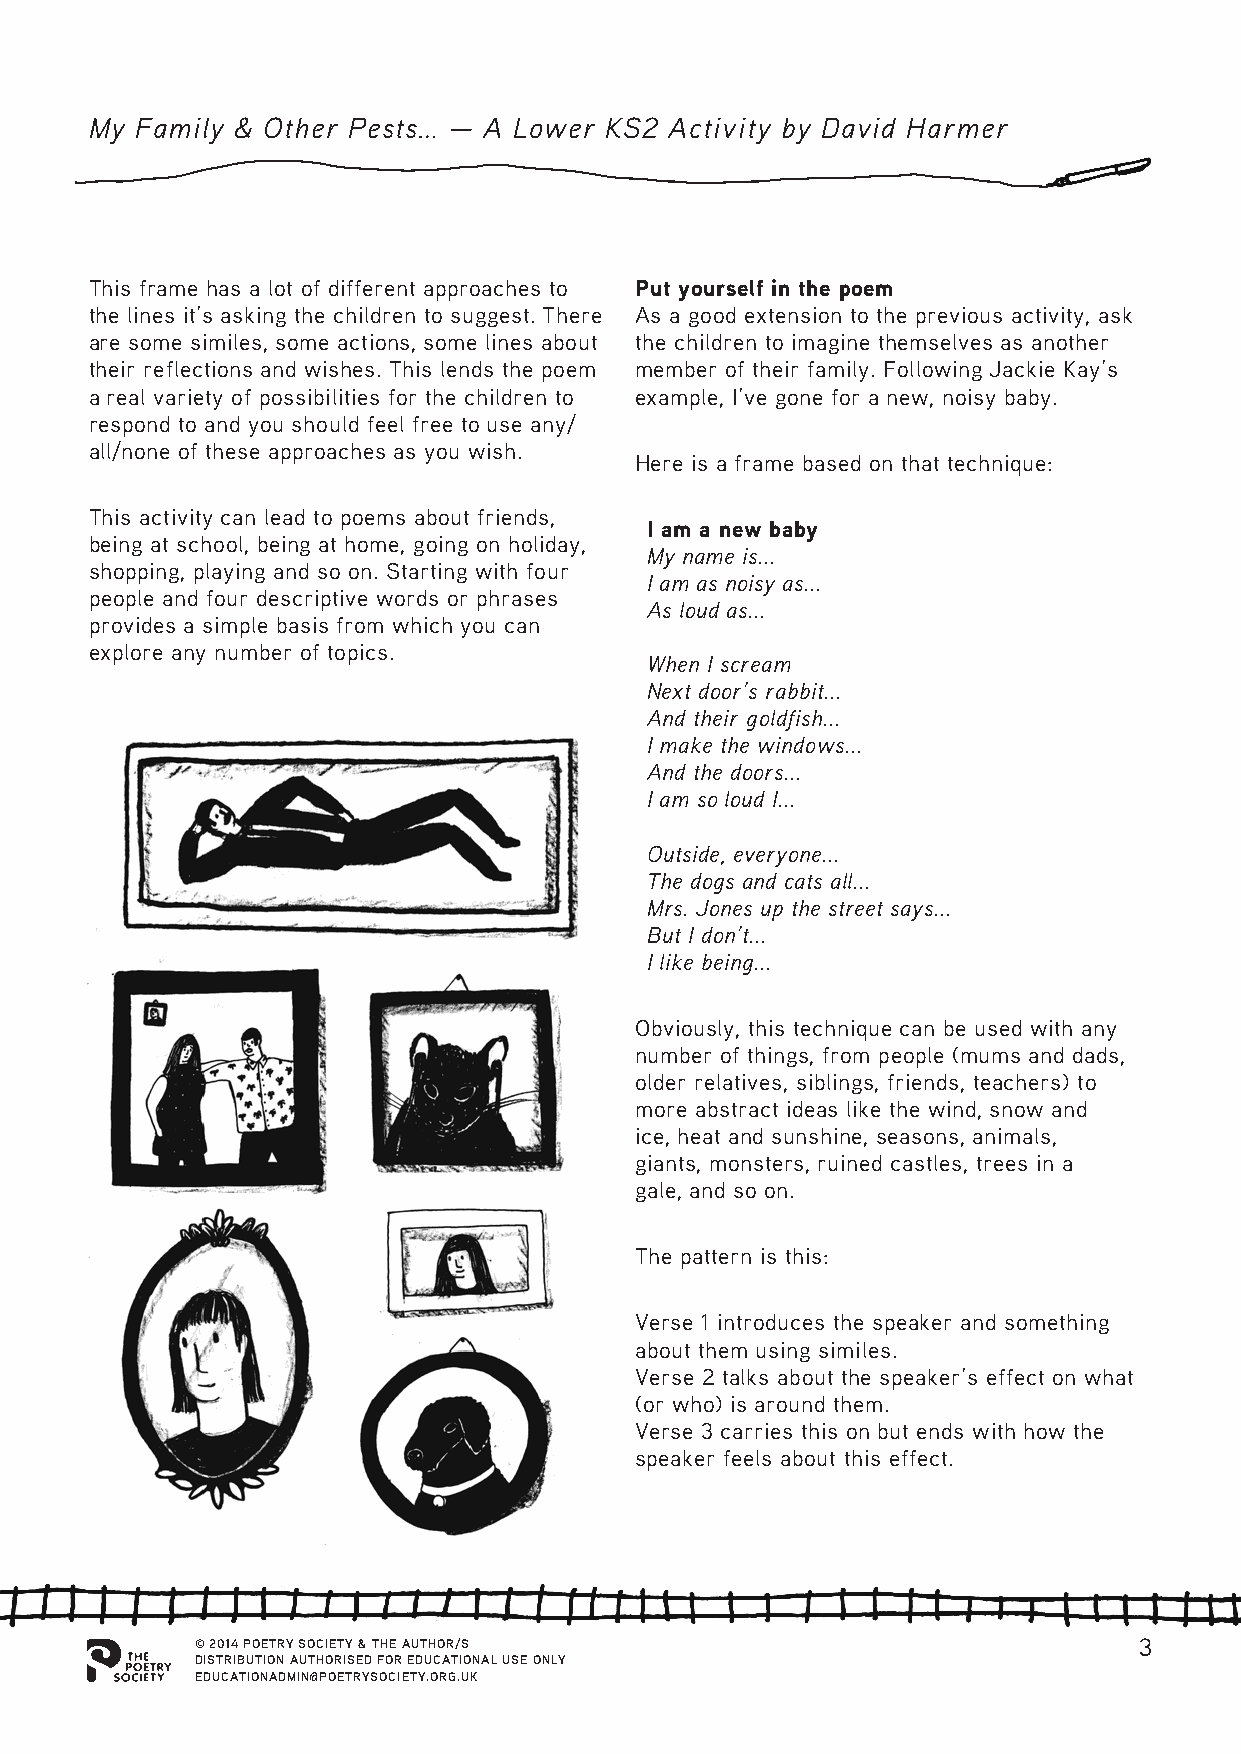
My Family & Other Pests… — A Lower KS2 Activity by David Harmer
 This frame has a lot of different approaches to Put yourself in the poem
 the lines it’s asking the children to suggest. There As a good extension to the previous activity, ask
 are some similes, some actions, some lines about the children to imagine themselves as another
 their reflections and wishes. This lends the poem member of their family. Following Jackie Kay’s
 a real variety of possibilities for the children to example, I’ve gone for a new, noisy baby.
 respond to and you should feel free to use any/
 all/none of these approaches as you wish.
 Here is a frame based on that technique:
 This activity can lead to poems about friends,
 I am a new baby
 being at school, being at home, going on holiday,
 My name is...
 shopping, playing and so on. Starting with four
 I am as noisy as...
 people and four descriptive words or phrases
 As loud as...
 provides a simple basis from which you can
 explore any number of topics.
 When I scream
 Next door’s rabbit...
 And their goldfish...
 I make the windows...
 And the doors...
 I am so loud I...
 Outside, everyone...
 The dogs and cats all...
 Mrs. Jones up the street says...
 But I don’t...
 I like being...
 Obviously, this technique can be used with any
 number of things, from people (mums and dads,
 older relatives, siblings, friends, teachers) to
 more abstract ideas like the wind, snow and
 ice, heat and sunshine, seasons, animals,
 giants, monsters, ruined castles, trees in a
 gale, and so on.
 The pattern is this:
 Verse 1 introduces the speaker and something
 about them using similes.
 Verse 2 talks about the speaker’s effect on what
 (or who) is around them.
 Verse 3 carries this on but ends with how the
 speaker feels about this effect.
 © 2014 POETRY SOCIETY & THE AUTHOR/S                          3
 DISTRIBUTION AUTHORISED FOR EDUCATIONAL USE ONLY
 EDUCATIONADMIN@POETRYSOCIETY.ORG.UK